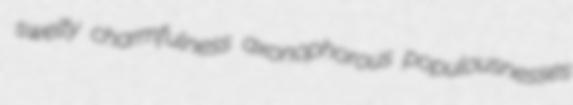
swelty charmfulness axonophorous populousnesses